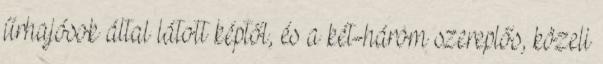
űrhajósok által látott képtől, és a két-három szereplős, közeli